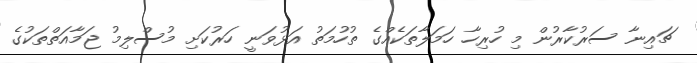
ޗައިނާ ސަރުކާރުން މި ހުރިހާ ހަމަލާތަކެއްގެ ތުހުމަތު އަޅުވަނީ ހަރުކަށި މުސްލިމު ޖަމާއަތްތަކުގެ